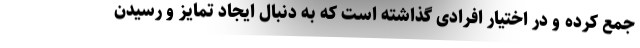
جمع کرده و در اختیار افرادی گذاشته است که به دنبال ایجاد تمایز و رسیدن